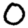
Digit: 0